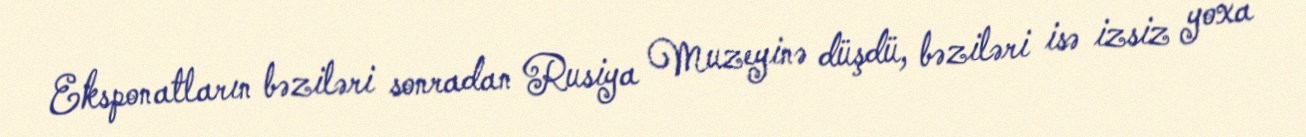
Eksponatların bəziləri sonradan Rusiya Muzeyinə düşdü, bəziləri isə izsiz yoxa